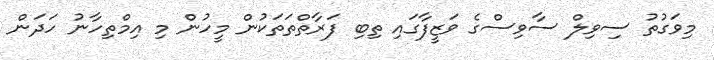
މިވަގުތު ސިވިލް ސާވިސްގެ ވަޒީފާގައި ތިބި ފަރާތްތަތަކުން މީހުން މި އިމްތިހާނު ހަދަން